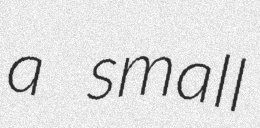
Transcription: a small